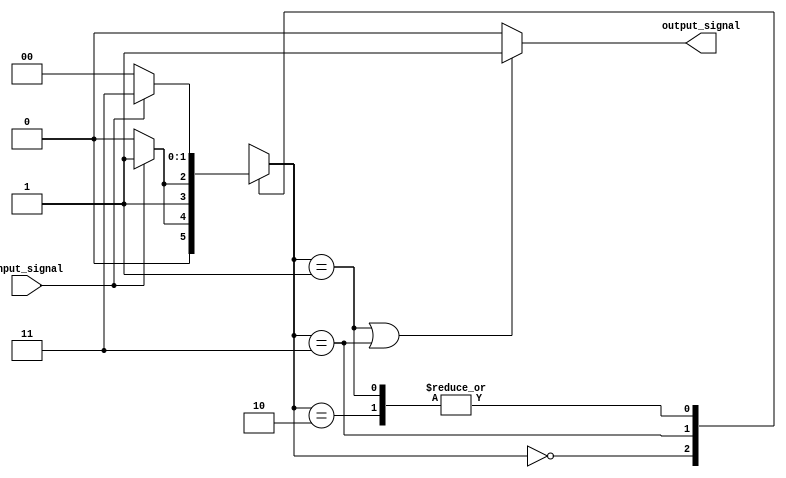
module Schmitt_trigger_buffer (
    input wire input_signal,
    output reg output_signal
);

reg [1:0] state;

always @(input_signal)
begin
    case(state)
        2'b00: if (input_signal) state <= 2'b01;
               else state <= 2'b00;
        2'b01: if (input_signal) state <= 2'b11;
               else state <= 2'b00;
        2'b11: if (!input_signal) state <= 2'b10;
               else state <= 2'b11;
        2'b10: if (!input_signal) state <= 2'b00;
               else state <= 2'b11;
    endcase
end

always @(state)
begin
    if (state == 2'b01 || state == 2'b11) output_signal <= 1'b1;
    else output_signal <= 1'b0;
end

endmodule